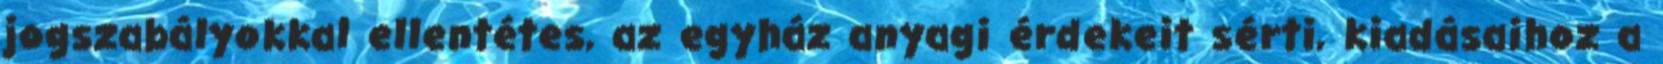
jogszabályokkal ellentétes, az egyház anyagi érdekeit sérti, kiadásaihoz a